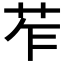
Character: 苲